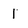
Character: 1